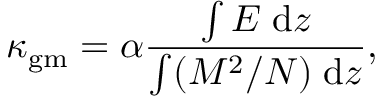
\kappa _ { \mathrm { g m } } = \alpha \frac { \int E \; \mathrm { d } z } { \int ( M ^ { 2 } / N ) \; \mathrm { d } z } ,